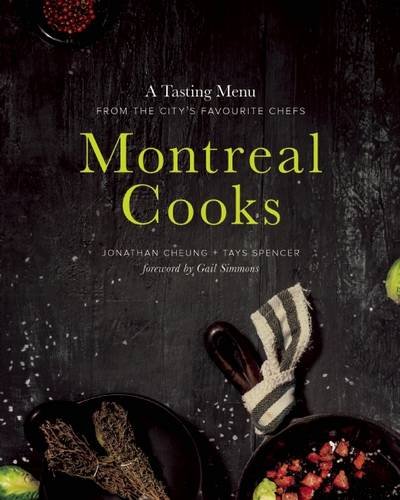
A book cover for Montreal Cooks: A Tasting Menu from the CityEEs Leading Chefs; Jonathan Cheung; Cookbooks, Food & Wine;